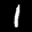
Label: 1